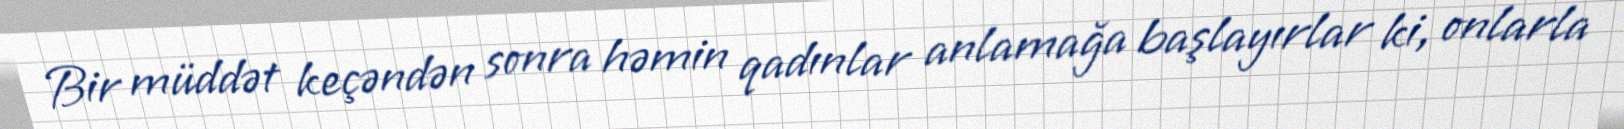
Bir müddət keçəndən sonra həmin qadınlar anlamağa başlayırlar ki, onlarla